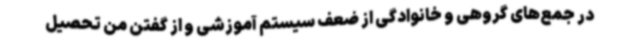
در جمع‌های گروهی و خانوادگی از ضعف سیستم آموزشی و از گفتن من تحصیل